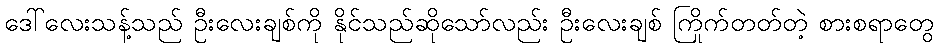
ဒေါ်လေးသန့်သည် ဦးလေးချစ်ကို နိုင်သည်ဆိုသော်လည်း ဦးလေးချစ် ကြိုက်တတ်တဲ့ စားစရာတွေ